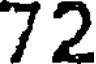
72